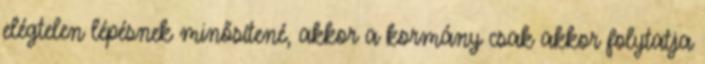
elégtelen lépésnek minősítené, akkor a kormány csak akkor folytatja